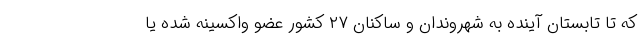
که تا تابستان آینده به شهروندان و ساکنان ۲۷ کشور عضو واکسینه شده یا